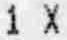
1 X